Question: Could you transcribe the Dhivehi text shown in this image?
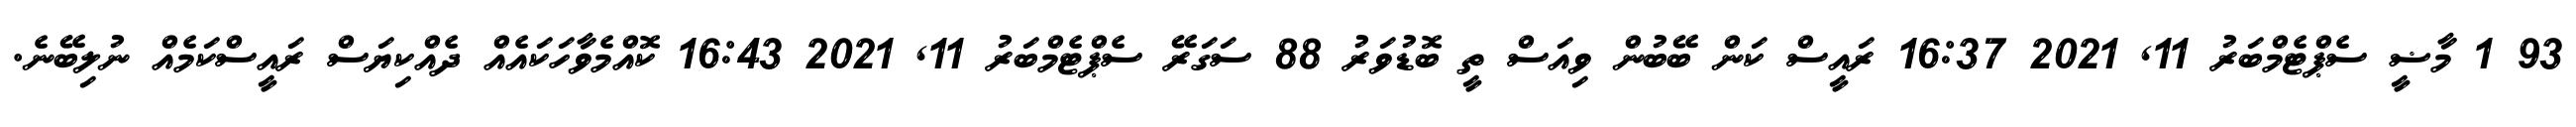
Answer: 93 1 މާޟީ ސެޕްޓެމްބަރު 11, 2021 16:37 ރައީސް ކަން ބޭބުން ވިއަސް ތީ ބޮޑުވަރު 88 ސަގަރޭ ސެޕްޓެމްބަރު 11, 2021 16:43 ކޮއްމެވާހަކައެއް ދެއްކިޔަސް ރައީސްކަމެއް ނުލިބޭނެ.